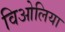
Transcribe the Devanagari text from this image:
विओलिया